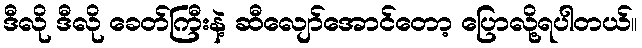
ဒီလို ဒီလို ခေတ်ကြီးနဲ့ ဆီလျော်အောင်တော့ ပြောလို့ရပါတယ်။